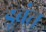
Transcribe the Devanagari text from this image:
डूबंत